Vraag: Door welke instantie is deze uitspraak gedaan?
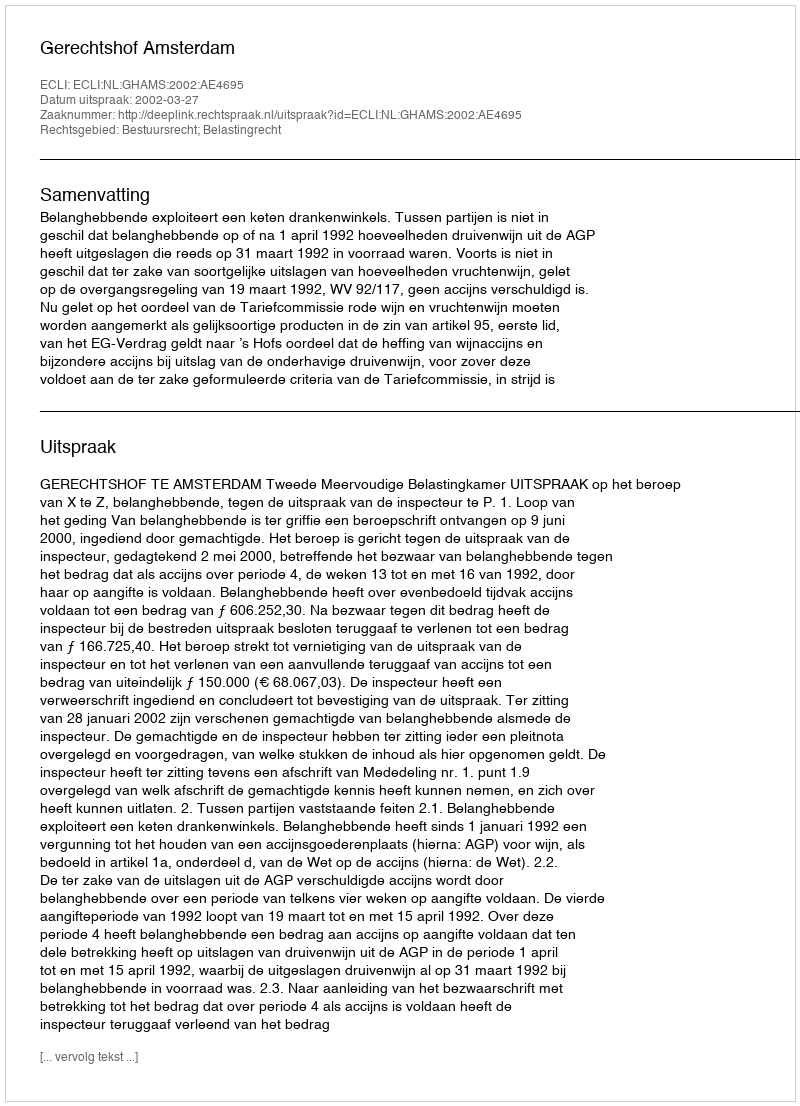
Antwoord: Gerechtshof Amsterdam